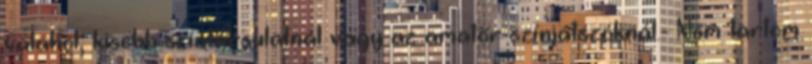
valahol, kisebb színtársulatnál vagy az amatőr színjátszóknál.- Nem tartom